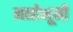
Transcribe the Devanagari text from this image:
मनोभूमी